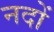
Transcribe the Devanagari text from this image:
नदों